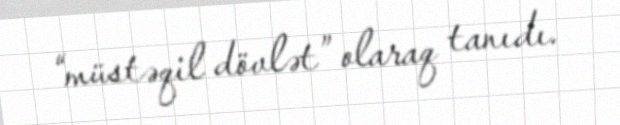
“müstəqil dövlət” olaraq tanıdı.